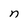
Character: n